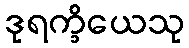
ဒုရက္ခိယေသု